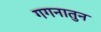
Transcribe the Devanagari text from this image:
गगनातुन